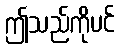
ဤသည်ကိုပင်